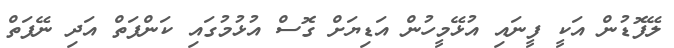
ލޭފޮޑުން އަކީ ފީނައި އުޅޭމީހުން އަޑިޔަށް ގޮސް އުޅުމުގައި ކަންފަތް އަދި ނޭފަތް